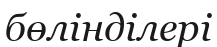
бөлінділері